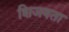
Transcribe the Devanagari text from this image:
शिजवता